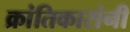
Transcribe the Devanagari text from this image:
क्रांतिकारांनी